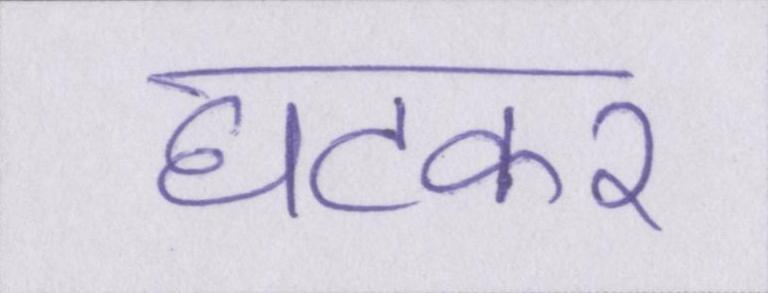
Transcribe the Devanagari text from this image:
घटकर